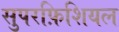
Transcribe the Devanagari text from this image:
सुपरफ़िशियल